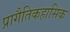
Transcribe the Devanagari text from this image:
प्रागैतिकहासिक